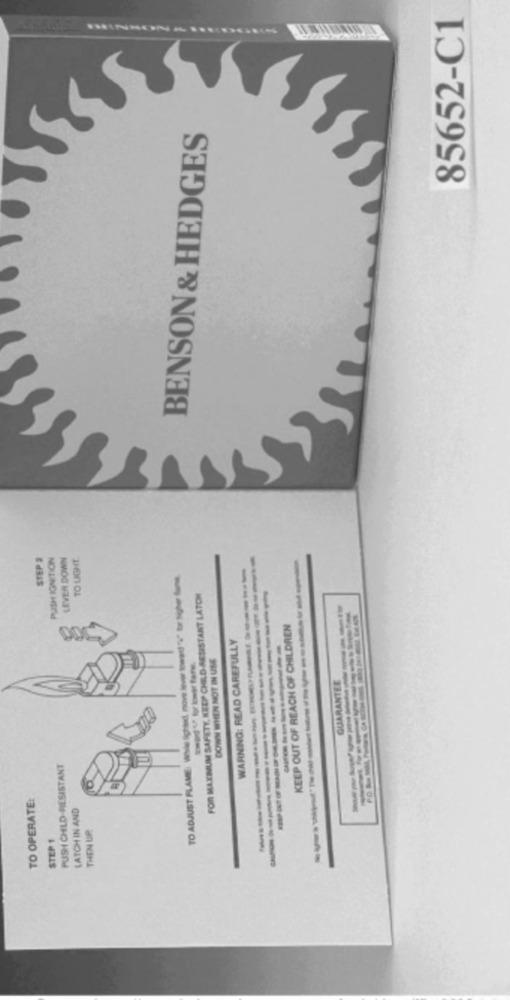
85652-C1
BENSON & HEDGES
STEP &
PUISH IGNITION
LEVER DOWN
TO LIGHT
TO ADJUST FLAME Wheeled, non kow towed"to the
FOR MACHUM SAFETY, KEEP CHILD-RESISTANT LATON
KEEP OUT OF REACH OF CHILDREN
WARNING: READ CAREFULLY
DOWN WHEN NOT IN USE
GUARANTEE
------
PUSH CHILD-RESISTANT
TO OPERATE:
LATCH IN AND
THEN UP
STEP 1